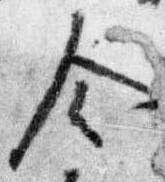
令